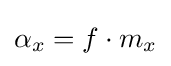
\alpha _{x}=f\cdot m_{x}